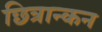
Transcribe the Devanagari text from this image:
छित्रान्कन